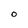
Character: 0